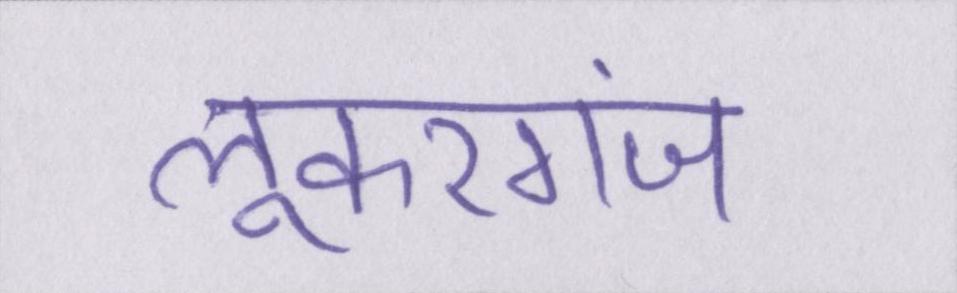
लूकरगंज